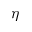
\eta